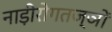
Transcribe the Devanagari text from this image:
नाड़ीरोगतज्ञों